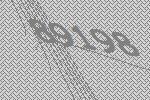
89198